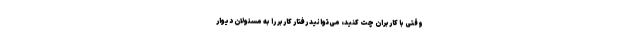
وقتی با کاربران چت کنید، می‌توانید رفتار کاربر را به مسئولان دیوار